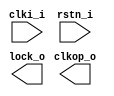
// This program was cloned from: https://github.com/M17-Project/OpenHT-fpga
// License: GNU General Public License v3.0

/*******************************************************************************
    Verilog netlist generated by IPGEN Lattice Radiant Software (64-bit)
    2022.1.1.289.4
    Soft IP Version: 1.7.0
    2023 07 06 19:27:56
*******************************************************************************/
/*******************************************************************************
    Wrapper Module generated per user settings.
*******************************************************************************/
module pll_osc (clki_i, rstn_i, clkop_o, lock_o)/* synthesis syn_black_box syn_declare_black_box=1 */;
    input  clki_i;
    input  rstn_i;
    output  clkop_o;
    output  lock_o;
endmodule